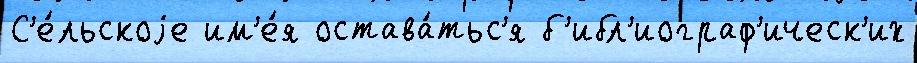
С'е́льскоjе им'е́я остава́тьс'я б'ибл'иограф'ическ'их